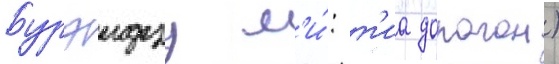
Бурэидзу м'и́: т'иа дорагон)